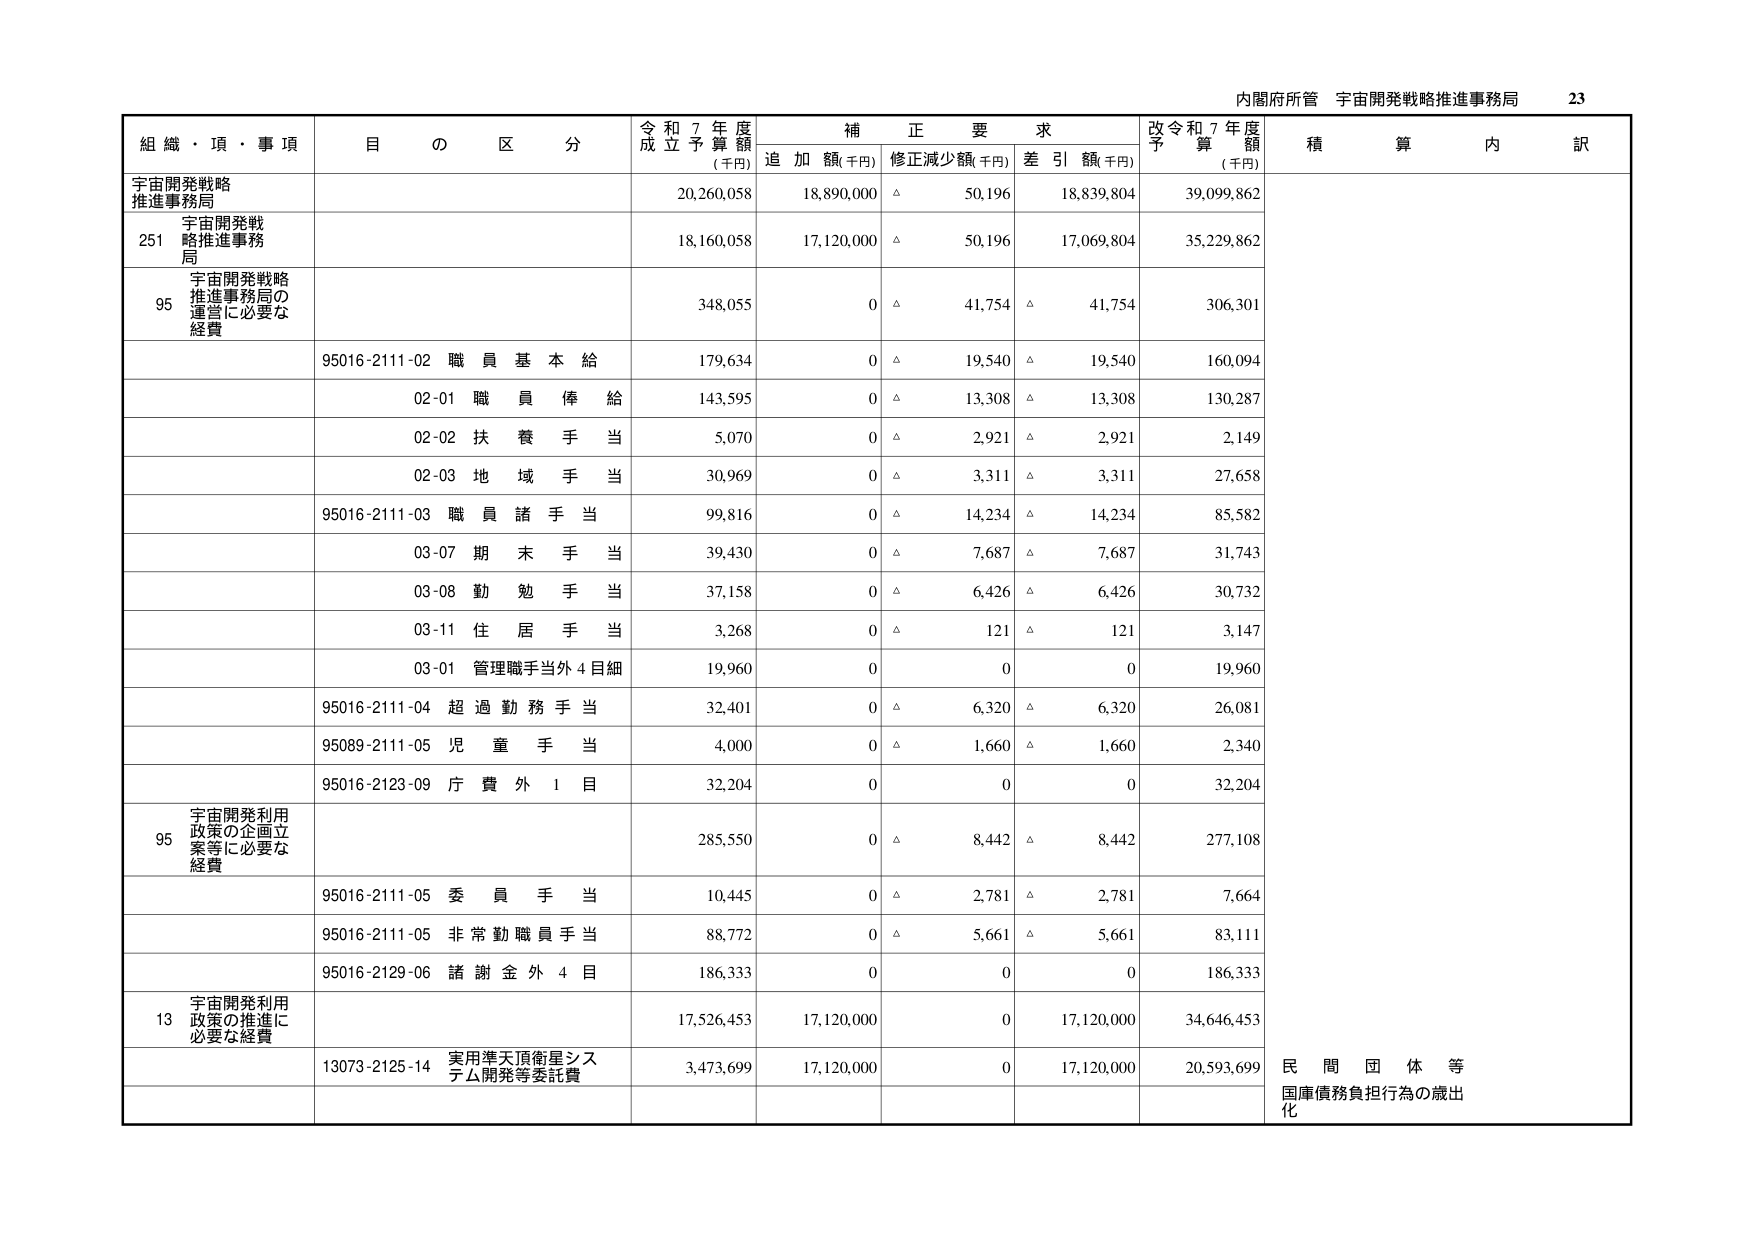
内閣府所管 宇宙開発戦略推進事務局 23

組織・項・事項 目の区分 令和7年度成立予算額(千円) 補正要求 追加額(千円) 修正減少額(千円) 差引額(千円) 改令和7年度予算額(千円) 積算内訳

宇宙開発戦略推進事務局 20,260,058 18,890,000 △ 50,196 18,839,804 39,099,862

251 宇宙開発戦略推進事務局 18,160,058 17,120,000 △ 50,196 17,069,804 35,229,862

95 宇宙開発戦略推進事務局の運営に必要な経費 348,055 0 △ 41,754 △ 41,754 306,301

95016-2111-02 職員基本給 179,634 0 △ 19,540 △ 19,540 160,094

02-01 職員俸給 143,595 0 △ 13,308 △ 13,308 130,287

02-02 扶養手当 5,070 0 △ 2,921 △ 2,921 2,149

02-03 地域手当 30,969 0 △ 3,311 △ 3,311 27,658

95016-2111-03 職員諸手当 99,816 0 △ 14,234 △ 14,234 85,582

03-07 期末手当 39,430 0 △ 7,687 △ 7,687 31,743

03-08 勤勉手当 37,158 0 △ 6,426 △ 6,426 30,732

03-11 住居手当 3,268 0 △ 121 △ 121 3,147

03-01 管理職手当外4目細 19,960 0 0 0 19,960

95016-2111-04 超過勤務手当 32,401 0 △ 6,320 △ 6,320 26,081

95089-2111-05 児童手当 4,000 0 △ 1,660 △ 1,660 2,340

95016-2123-09 庁費外1目 32,204 0 0 0 32,204

95 宇宙開発利用政策の企画立案等に必要な経費 285,550 0 △ 8,442 △ 8,442 277,108

95016-2111-05 委員手当 10,445 0 △ 2,781 △ 2,781 7,664

95016-2111-05 非常勤職員手当 88,772 0 △ 5,661 △ 5,661 83,111

95016-2129-06 諸謝金外4目 186,333 0 0 0 186,333

13 宇宙開発利用政策の推進に必要な経費 17,526,453 17,120,000 0 17,120,000 34,646,453

13073-2125-14 実用準天頂衛星システム開発等委託費 3,473,699 17,120,000 0 17,120,000 20,593,699 民間団体等国庫債務負担行為の歳出化